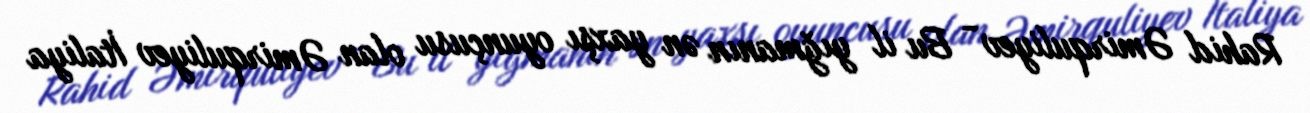
Rahid Əmirquliyev - Bu il yığmanın ən yaxşı oyunçusu olan Əmirquliyev İtaliya